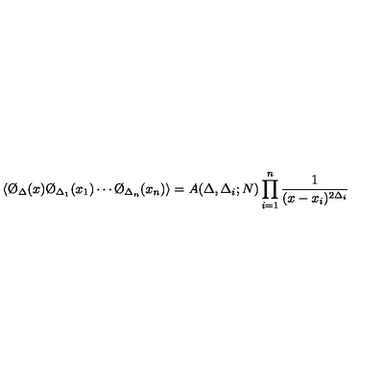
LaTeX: \langle \O _ { \Delta } ( x ) \O _ { \Delta _ { 1 } } ( x _ { 1 } ) \cdots \O _ { \Delta _ { n } } ( x _ { n } ) \rangle = A ( \Delta , \Delta _ { i } ; N ) \prod _ { i = 1 } ^ { n } { \frac { 1 } { ( x - x _ { i } ) ^ { 2 \Delta _ { i } } } }